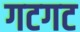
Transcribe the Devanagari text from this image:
गटगट